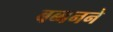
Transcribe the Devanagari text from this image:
बब्बनने